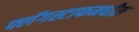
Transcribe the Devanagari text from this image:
फ्लॅगस्टाफमधील